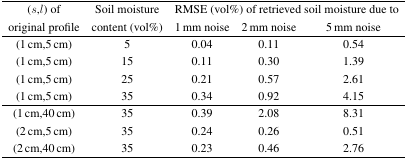
| <ROWSPAN=2> (s,l) of original profile | <ROWSPAN=2> Soil moisture content (vol%) | <COLSPAN=3> RMSE (vol%) of retrieved soil moisture due to |
 | 1 mm noise | 2 mm noise | 5 mm noise |
 | --- | --- | --- | --- | --- |
 | (1 cm,5 cm) | 5 | 0.04 | 0.11 | 0.54 |
 | (1 cm,5 cm) | 15 | 0.11 | 0.30 | 1.39 |
 | (1 cm,5 cm) | 25 | 0.21 | 0.57 | 2.61 |
 | (1 cm,5 cm) | 35 | 0.34 | 0.92 | 4.15 |
 | (1 cm,40 cm) | 35 | 0.39 | 2.08 | 8.31 |
 | (2 cm,5 cm) | 35 | 0.24 | 0.26 | 0.51 |
 | (2 cm,40 cm) | 35 | 0.23 | 0.46 | 2.76 |